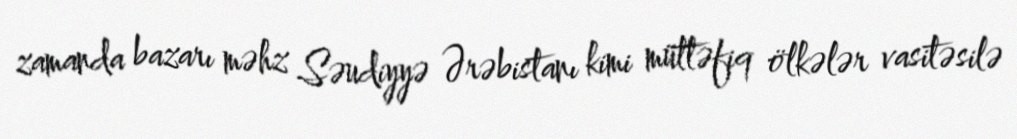
zamanda bazarı məhz Səudiyyə Ərəbistanı kimi müttəfiq ölkələr vasitəsilə